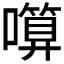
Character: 𱕋